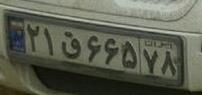
۲۱ق۶۶۵۷۸